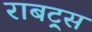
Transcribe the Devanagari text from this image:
राबट्र्स